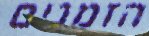
הזמנים